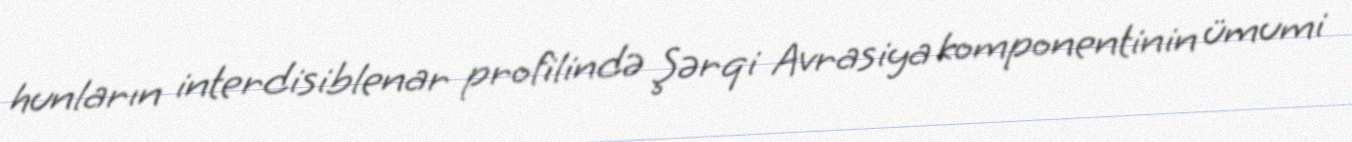
hunların interdisiblenar profilində Şərqi Avrasiya komponentinin ümumi